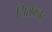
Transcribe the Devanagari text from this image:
सिरोक्ज़ैट